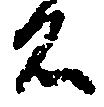
名